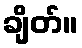
ချိတ်။